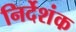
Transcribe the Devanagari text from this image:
निर्देशंक